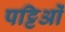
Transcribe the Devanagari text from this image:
पट्टिओं